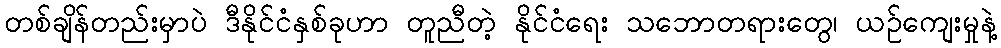
တစ်ချိန်တည်းမှာပဲ ဒီနိုင်ငံနှစ်ခုဟာ တူညီတဲ့ နိုင်ငံရေး သဘောတရားတွေ၊ ယဉ်ကျေးမှုနဲ့